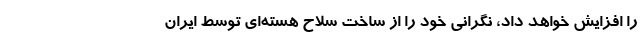
را افزایش خواهد داد، نگرانی خود را از ساخت سلاح هسته‌ای توسط ایران